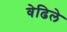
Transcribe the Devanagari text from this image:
वेढिले